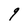
Character: q